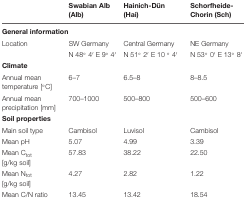
|  | Swabian Alb (Alb) | Hainich-Dün (Hai) | Schorfheide-Chorin (Sch) |
 | --- | --- | --- | --- |
 | <COLSPAN=4> General information |
 | Location | SW Germany | Central Germany | NE Germany |
 |  | N 48° 4′ E 9° 4′ | N 51° 2′ E 10 ° 4′ | N 53° 0′ E 13° 8′ |
 | Climate |  |  |  |
 | Annual mean temperature [°C] | 6–7 | 6.5–8 | 8–8.5 |
 | Annual mean precipitation [mm] | 700–1000 | 500–800 | 500–600 |
 | Soil properties |  |  |  |
 | Main soil type | Cambisol | Luvisol | Cambisol |
 | Mean pH | 5.07 | 4.99 | 3.39 |
 | Mean Ctot[g/kg soil] | 57.83 | 38.22 | 22.50 |
 | Mean Ntot[g/kg soil] | 4.27 | 2.82 | 1.22 |
 | Mean C/N ratio | 13.45 | 13.42 | 18.54 |